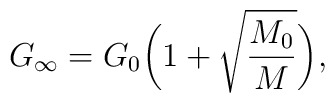
G_{\infty}=G_0\biggl(1+\sqrt{\frac{M_0}{M}}\biggr),